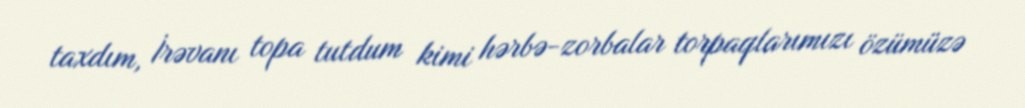
taxdım, İrəvanı topa tutdum kimi hərbə-zorbalar torpaqlarımızı özümüzə